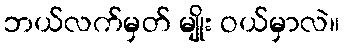
ဘယ်လက်မှတ် မျိုး ဝယ်မှာလဲ။